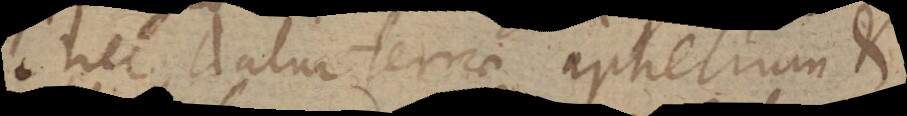
nec datur terrae aphelium et